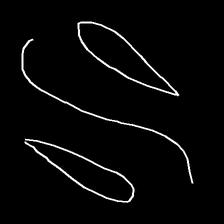
Glyph: water